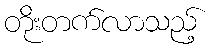
တိုးတက်လာသည့်